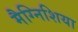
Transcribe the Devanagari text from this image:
मैग्निशिया